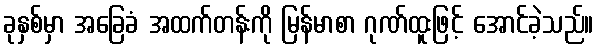
ခုနှစ်မှာ အခြေခံ အထက်တန်းကို မြန်မာစာ ဂုဏ်ထူးဖြင့် အောင်ခဲ့သည်။